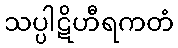
သပ္ပါဋိဟီရကတံ